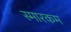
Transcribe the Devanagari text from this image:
स्मारकम